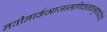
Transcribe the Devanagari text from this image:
नवीनार्कभ्राजन्मणिकनकभूषापरिकरै